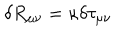
\delta R _ { \mu \nu } = \kappa \delta \tau _ { \mu \nu }